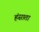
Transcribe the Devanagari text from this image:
हंसाता